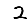
Digit: 2